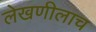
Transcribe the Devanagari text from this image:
लेखणीलाच